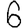
Digit: 6